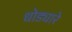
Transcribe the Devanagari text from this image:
धोड्यारे